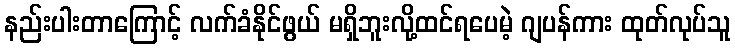
နည်းပါးတာကြောင့် လက်ခံနိုင်ဖွယ် မရှိဘူးလို့ထင်ရပေမဲ့ ဂျပန်ကား ထုတ်လုပ်သူ